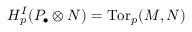
H _ { p } ^ { I } ( P _ { \bullet } \otimes N ) = \operatorname { T o r } _ { p } ( M , N )